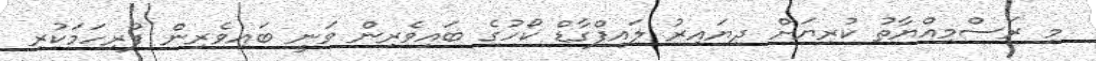
މި ރަސްމިއްޔާތު ކުރިޔަށް ދިޔައިރު ލައިފްގާޑް ކޯހުގެ ބައިވެރިން ވަނީ ބައިވެރިން ފުރިހަމަކުރި